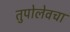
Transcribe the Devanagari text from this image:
तुपोलेवचा